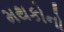
મથકોનો